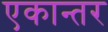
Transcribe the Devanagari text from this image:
एकान्‍तर